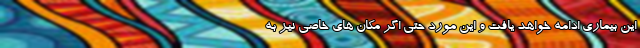
این بیماری ادامه خواهد یافت و این مورد حتی اگر مکان های خاصی نیز به